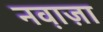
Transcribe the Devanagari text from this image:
नव़ाज़ा